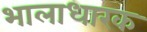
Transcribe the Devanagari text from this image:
भालाधारक